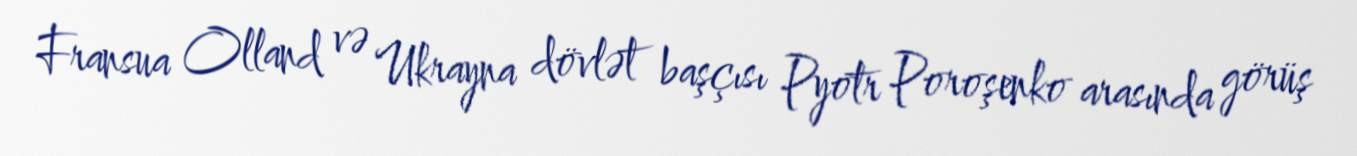
Fransua Olland və Ukrayna dövlət başçısı Pyotr Poroşenko arasında görüş